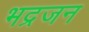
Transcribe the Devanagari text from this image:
भद्रजन